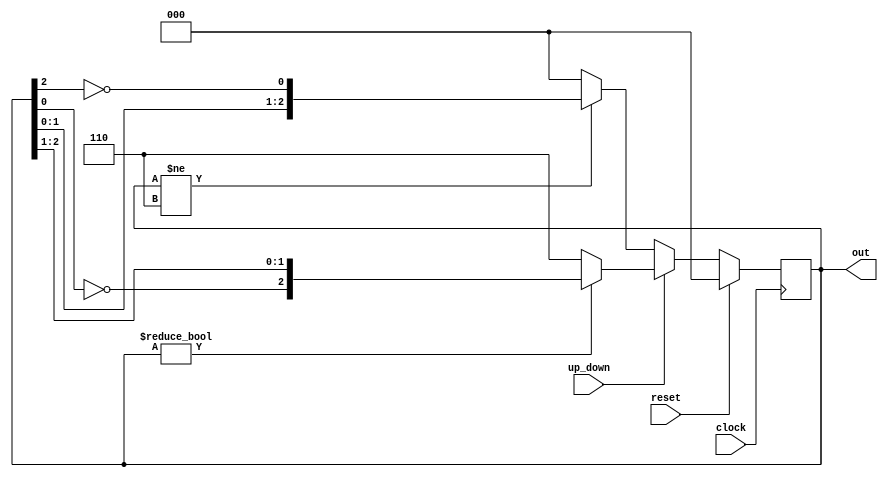

/* 
 * Counter (Johnson code) Verilog example (iverilog 10.1)
 *
 */
 
 module counter
 (
     input clock,
     input reset,
     input up_down,
     output [2:0] out
 );

    reg [2:0] out_tmp;

    always @ (posedge(clock))
    begin
        if (reset)
            out_tmp = 0;
        else if (up_down == 1'b0)
            begin
            if (out_tmp != 3'b110)
                out_tmp <= {out_tmp[1:0], ~out_tmp[2]};
            else
                out_tmp <= 3'b000;
            end
        else
            begin
            if (out_tmp != 3'b000)
                out_tmp <= {~out_tmp[0], out_tmp[2:1]};
            else
                out_tmp <= 3'b110;
            end
    end

    assign out = out_tmp;

endmodule